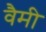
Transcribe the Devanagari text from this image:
वैमी